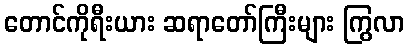
တောင်ကိုရီးယား ဆရာတော်ကြီးများ ကြွလာ